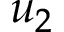
u _ { 2 }